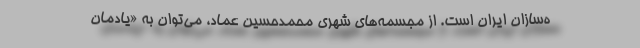
ه‌سازان ایران است. از مجسمه‌های شهری محمدحسین عماد، می‌توان به «یادمان